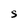
Character: S